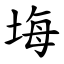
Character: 㙁